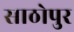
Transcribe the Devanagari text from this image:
साठोपुर